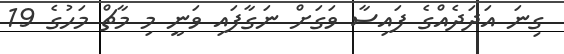
ގިނަ އަދަދެއްގެ ފައިސާ ވަގަށް ނަގާފައި ވަނީ މި މާޗް މަހުގެ 19